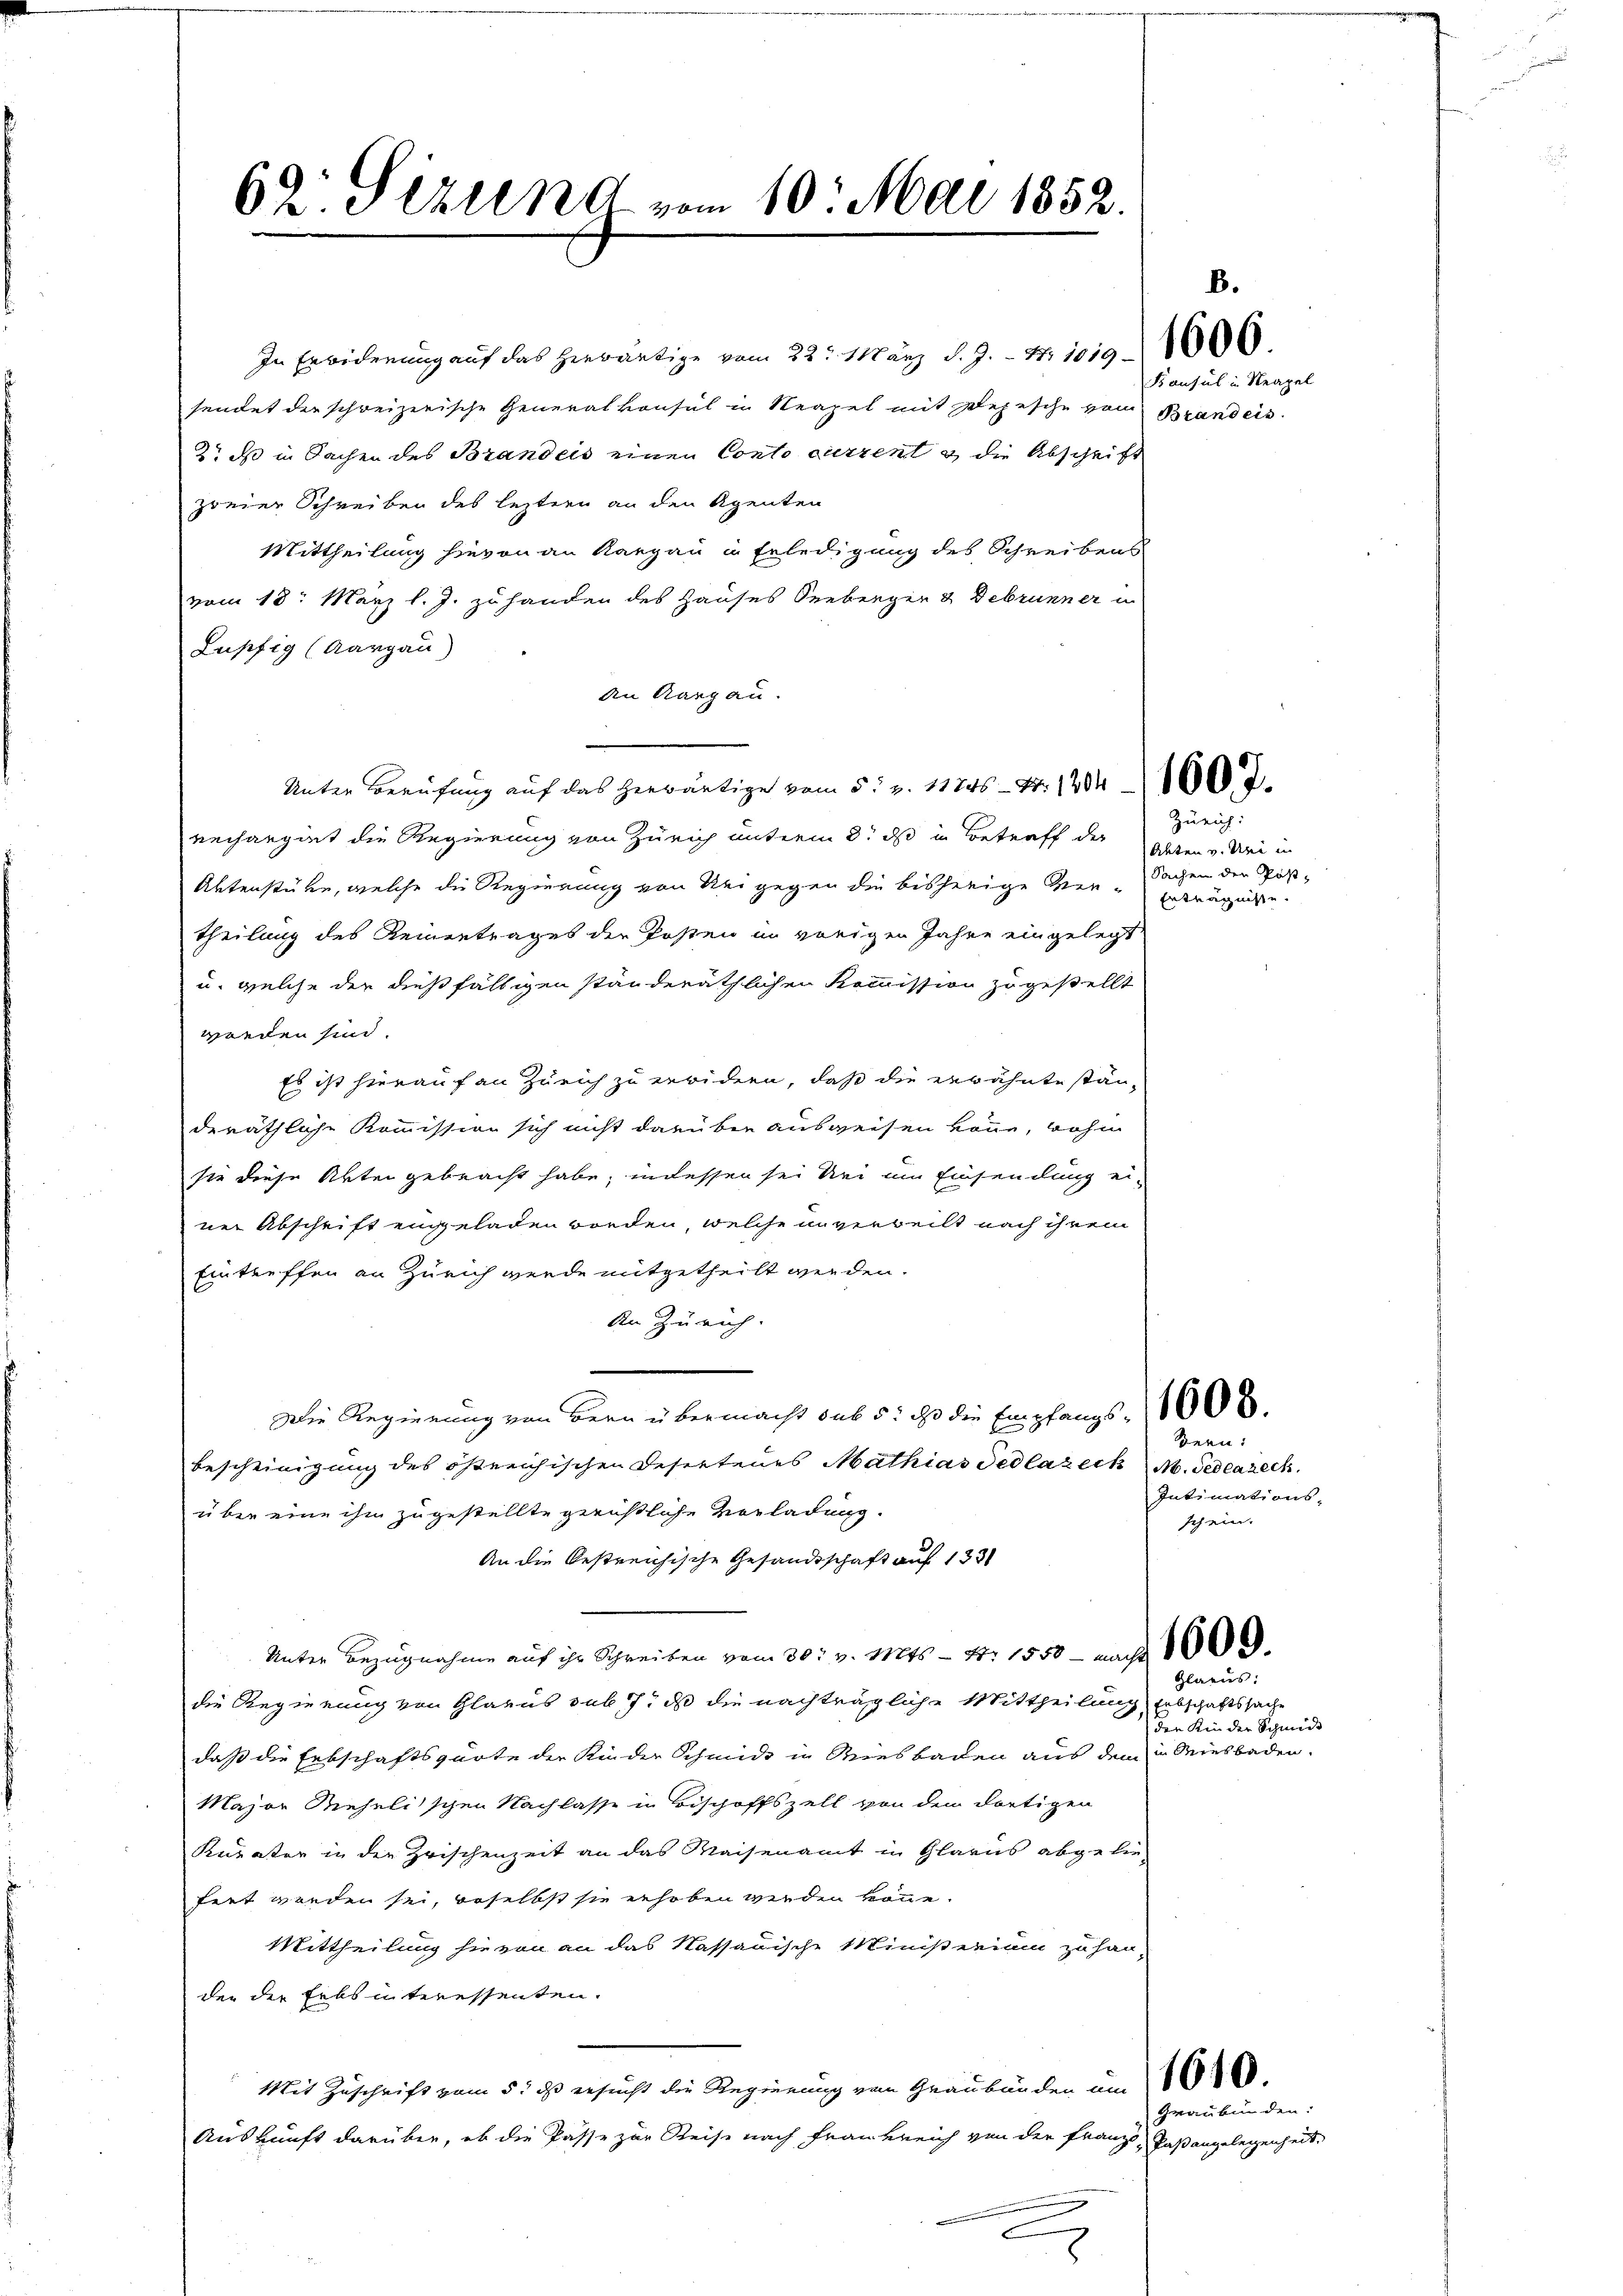
62 Stzung vom 10. Mai 1852

In Erwiderung auf das herwärtige vom 22. März d. J. - 4. 1019 1000.
sendet der schreizerische Generalkonsul in Neapel mit Depesche von Brandeis
2t ds in Sachen des Brandeis einen Conto current & die Abschrift
zweier Schreiben des leztern an den Agenten
Mittheilung hievon an Kanzen in Erledigung des Schreibens
vom 18. März l. J. zu handen des Hauses Seeberger & Debrunner u
Lupfig (Aargau)
den Aargau.
Unter Berufung auf das herwärtige vom 5. v. 11246 - 4. 1204 800. d.
rechargiet die Regierung von Zürich unterm 8t ds in Betreff der
Aktenstüke, welche die Regierung von Sei gegen die bisherige Ver-Erträgnisse
theilung des Reinertrages der Posten in vorigen Jahre eingelegt
u. welche der dießfälligen ständeräthlichen Kommission zugestellt
werden sind.
Es ist hierauf an Zürich zu erwidern, daß die erwähnte ständeräthliche Kommission sich nicht darüber ausweisen könne, wohin
sie diese Akten gebracht habe, indessen sei sei um Einsendung ei-
ner Abschrift eingeladen worden, welche unverweilt nach ihrem
Eintreffen an Zürich werde mitgetheilt werden.
An Zürich.
Die Regierung von Bern übermacht sub 5. ds die Empfangs- 1000.
Bescheinigung des östreichischen Reserteurs Mathias Tedlazech M. Pedeazeck
über eine ihm zugestellte gerichtliche Vorladung.
An die bestreichische Gesandtschaft auf 133
Unter Bezugnahme auf ihr Schreiben vom 30t v. Mts. - Fr. 1550 - nach
die Regierung von Glarus sub 7t d die nachträgliche Mittheilung
daß die Erbschaftsgarte der Kinder Schmidt in Wiesbaden aus dem in Riesbaden.
Major Rieselischen Nachlasse in Bischoffszell von dem dortigen
Kurater in der Zwischenzeit an das Waisenamt in Glarus abgelie-
fert worden sei, beselbst sie erhoben werden könne.
Mittheilung hievon an das Nassauische Ministerium zu han-
den der Erbsinteressenten.
Mit Zuschrift vom 5. ds ersucht die Regierung vom Graubänden um
Auskunft darüber, ob die Pässe zur Reise nach Frankreich von der Franz Paßangelegenheit,
e

Konsul in Neapel

Zürich:
Akten v. Uri in
Sachen der Post-

Bern:
Intimations-
schein.

Glarus:
Abschaftssache
die Kinder Schmidt

Graubünden: